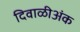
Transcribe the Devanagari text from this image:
दिवाळीअंक